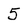
Character: 5